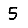
Digit: 5